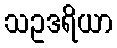
သဥဒရိယာ